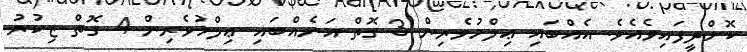
ކޮށްދީފައިވެއެވެ. އެއްބައި ޢިލްމުވެރިން 3 ގޮތް އަނެއްބައި ޢިލްމުވެރިން 4 ގޮތް ޒިކުރު